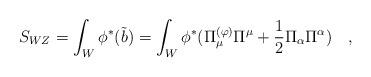
LaTeX: \begin{align*}S_{WZ} =\int_W \phi^{*}(\tilde{b}) = \int_W \phi^{*}(\Pi_\mu^{(\varphi)} \Pi^\mu + {1 \over 2} \Pi_\alpha \Pi^\alpha) \quad,\end{align*}